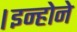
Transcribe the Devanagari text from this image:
।इन्होने